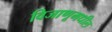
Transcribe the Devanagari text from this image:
विजाणूमधील